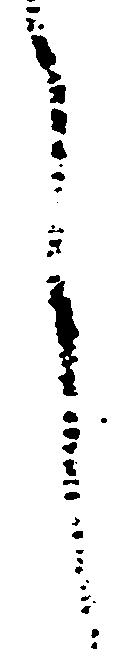
之